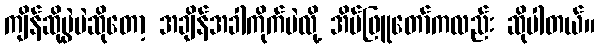
ကျိန်ဆိုပွဲပဲဆိုတော့ အချိန်အခါကိုက်ပဲလို့ အိမ်ဖြူတော်ကလည်း ဆိုပါတယ်။